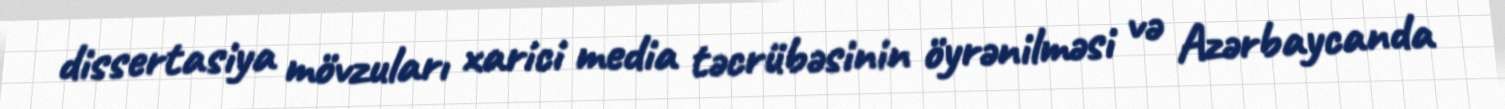
dissertasiya mövzuları xarici media təcrübəsinin öyrənilməsi və Azərbaycanda